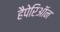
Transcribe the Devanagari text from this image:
हैपेरिऑन